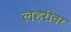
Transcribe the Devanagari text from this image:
लहरीवर